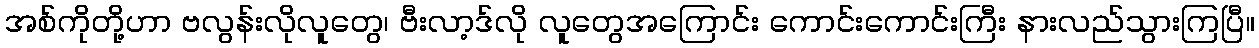
အစ်ကိုတို့ဟာ ဗလွန်းလိုလူတွေ၊ ဗီးလာ့ဒ်လို လူတွေအကြောင်း ကောင်းကောင်းကြီး နားလည်သွားကြပြီ။